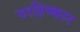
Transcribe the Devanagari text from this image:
परहिष्कार